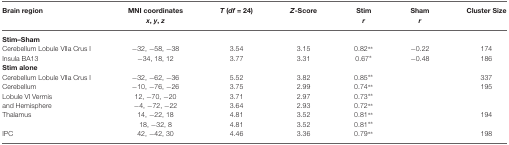
<table><thead><tr><td><b>Brain region</b></td><td><b>MNI coordinates <i>x</i>, <i>y</i>, <i>z</i></b></td><td><b><i>T</i> (<i>df</i> = 24)</b></td><td><b><i>Z</i>-Score</b></td><td><b>Stim <i>r</i></b></td><td><b>Sham <i>r</i></b></td><td><b>Cluster Size</b></td></tr></thead><tbody><tr><td><b>Stim–Sham</b></td></tr><tr><td>Cerebellum Lobule VIIa Crus I</td><td>−32, −58, −38</td><td>3.54</td><td>3.15</td><td>0.82**</td><td>−0.22</td><td>174</td></tr><tr><td>Insula BA13</td><td>−34, 18, 12</td><td>3.77</td><td>3.31</td><td>0.67*</td><td>−0.48</td><td>186</td></tr><tr><td><b>Stim alone</b></td></tr><tr><td>Cerebellum Lobule VIIa Crus I</td><td>−32, −62, −36</td><td>5.52</td><td>3.82</td><td>0.85**</td><td></td><td>337</td></tr><tr><td>Cerebellum</td><td>−10, −76, −26</td><td>3.75</td><td>2.99</td><td>0.74**</td><td></td><td>195</td></tr><tr><td>Lobule VI Vermis</td><td>12, −70, −20</td><td>3.71</td><td>2.97</td><td>0.73**</td><td></td><td></td></tr><tr><td>and Hemisphere</td><td>−4, −72, −22</td><td>3.64</td><td>2.93</td><td>0.72**</td></tr><tr><td>Thalamus</td><td>14, −22, 18</td><td>4.81</td><td>3.52</td><td>0.81**</td><td></td><td>194</td></tr><tr><td></td><td>18, −32, 8</td><td>4.81</td><td>3.52</td><td>0.81**</td></tr><tr><td>IPC</td><td>42, −42, 30</td><td>4.46</td><td>3.36</td><td>0.79**</td><td></td><td>198</td></tr></tbody></table>